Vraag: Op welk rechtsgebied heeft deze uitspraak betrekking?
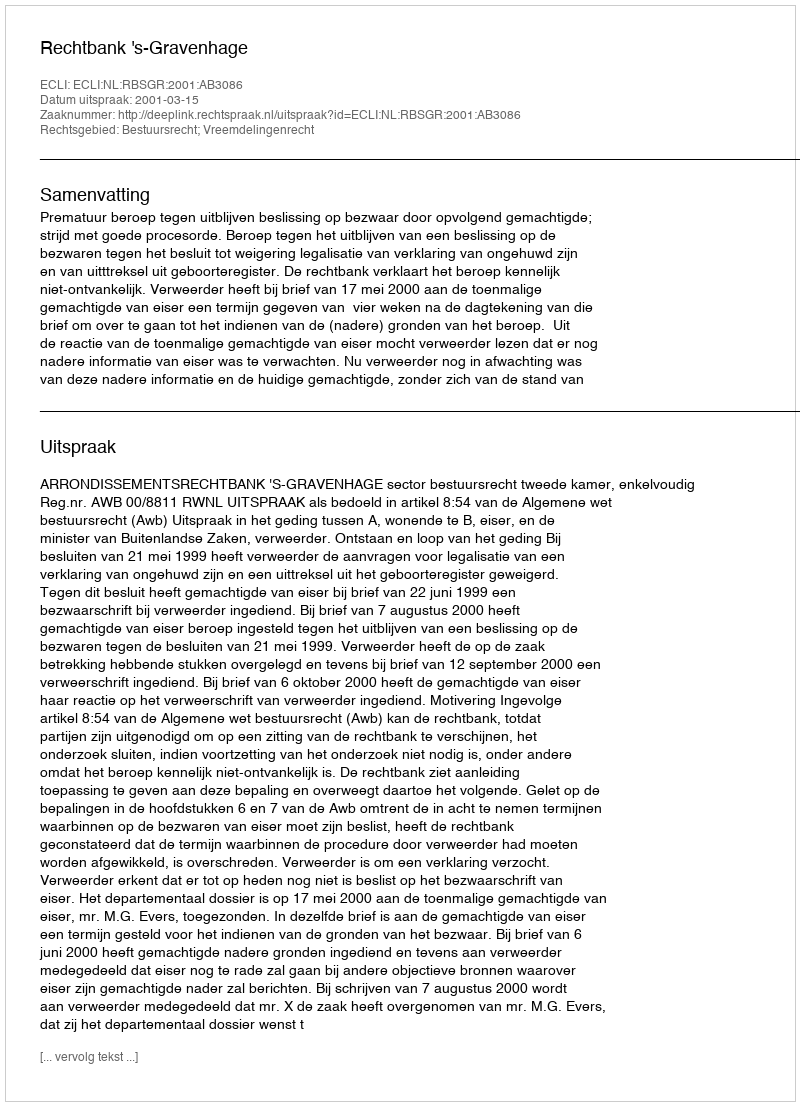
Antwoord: Bestuursrecht; Vreemdelingenrecht